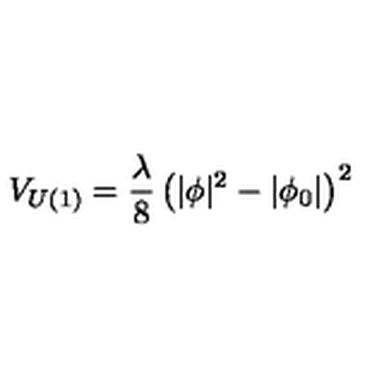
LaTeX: V _ { U ( 1 ) } = \frac { \lambda } { 8 } \left( | \phi | ^ { 2 } - | \phi _ { 0 } | \right) ^ { 2 }